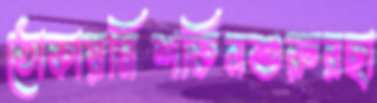
ঠোকায়মিশকিনশুরুরছা